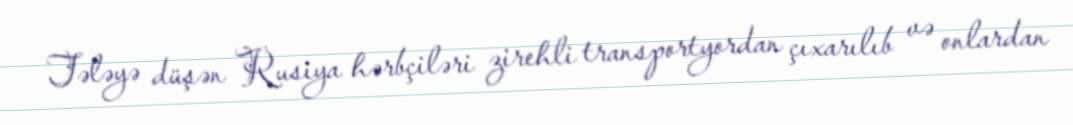
Tələyə düşən Rusiya hərbçiləri zirehli transportyordan çıxarılıb və onlardan